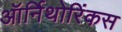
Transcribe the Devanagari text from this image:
ऑर्निथोरिंकस